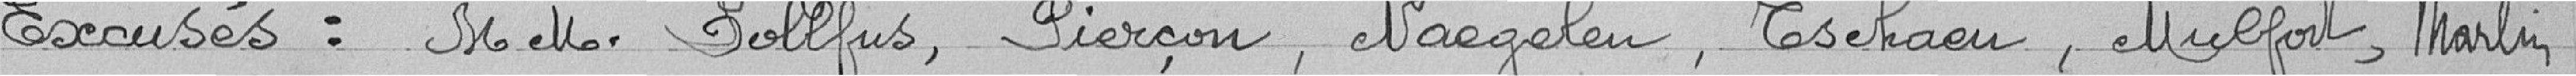
Excusés: MM. Dollfus, Pierçon, Naegelen, Tschaen, Mulfort, Martin